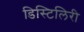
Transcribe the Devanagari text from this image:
डिस्टिलिरी